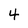
Character: 4